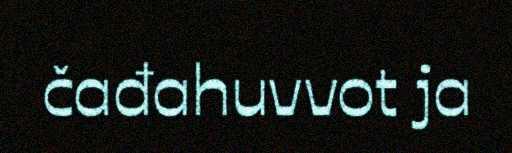
čađahuvvot ja